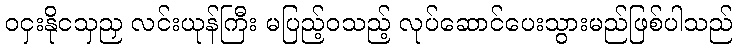
ဝငှးနိုငသှညှ လင်းယုန်ကြီး မပြည့်ဝသည့် လုပ်ဆောင်ပေးသွားမည်ဖြစ်ပါသည်